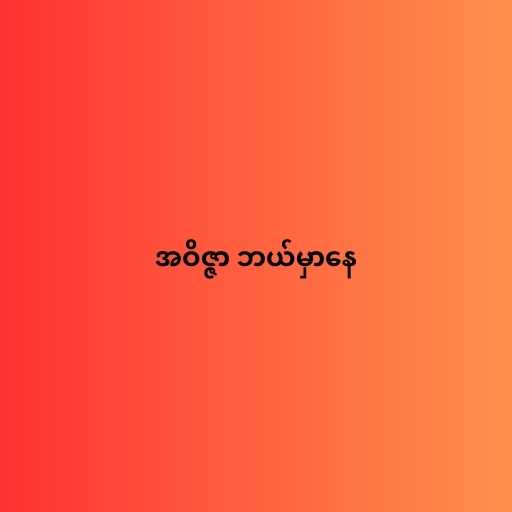
အဝိဇ္ဇာ ဘယ်မှာနေ